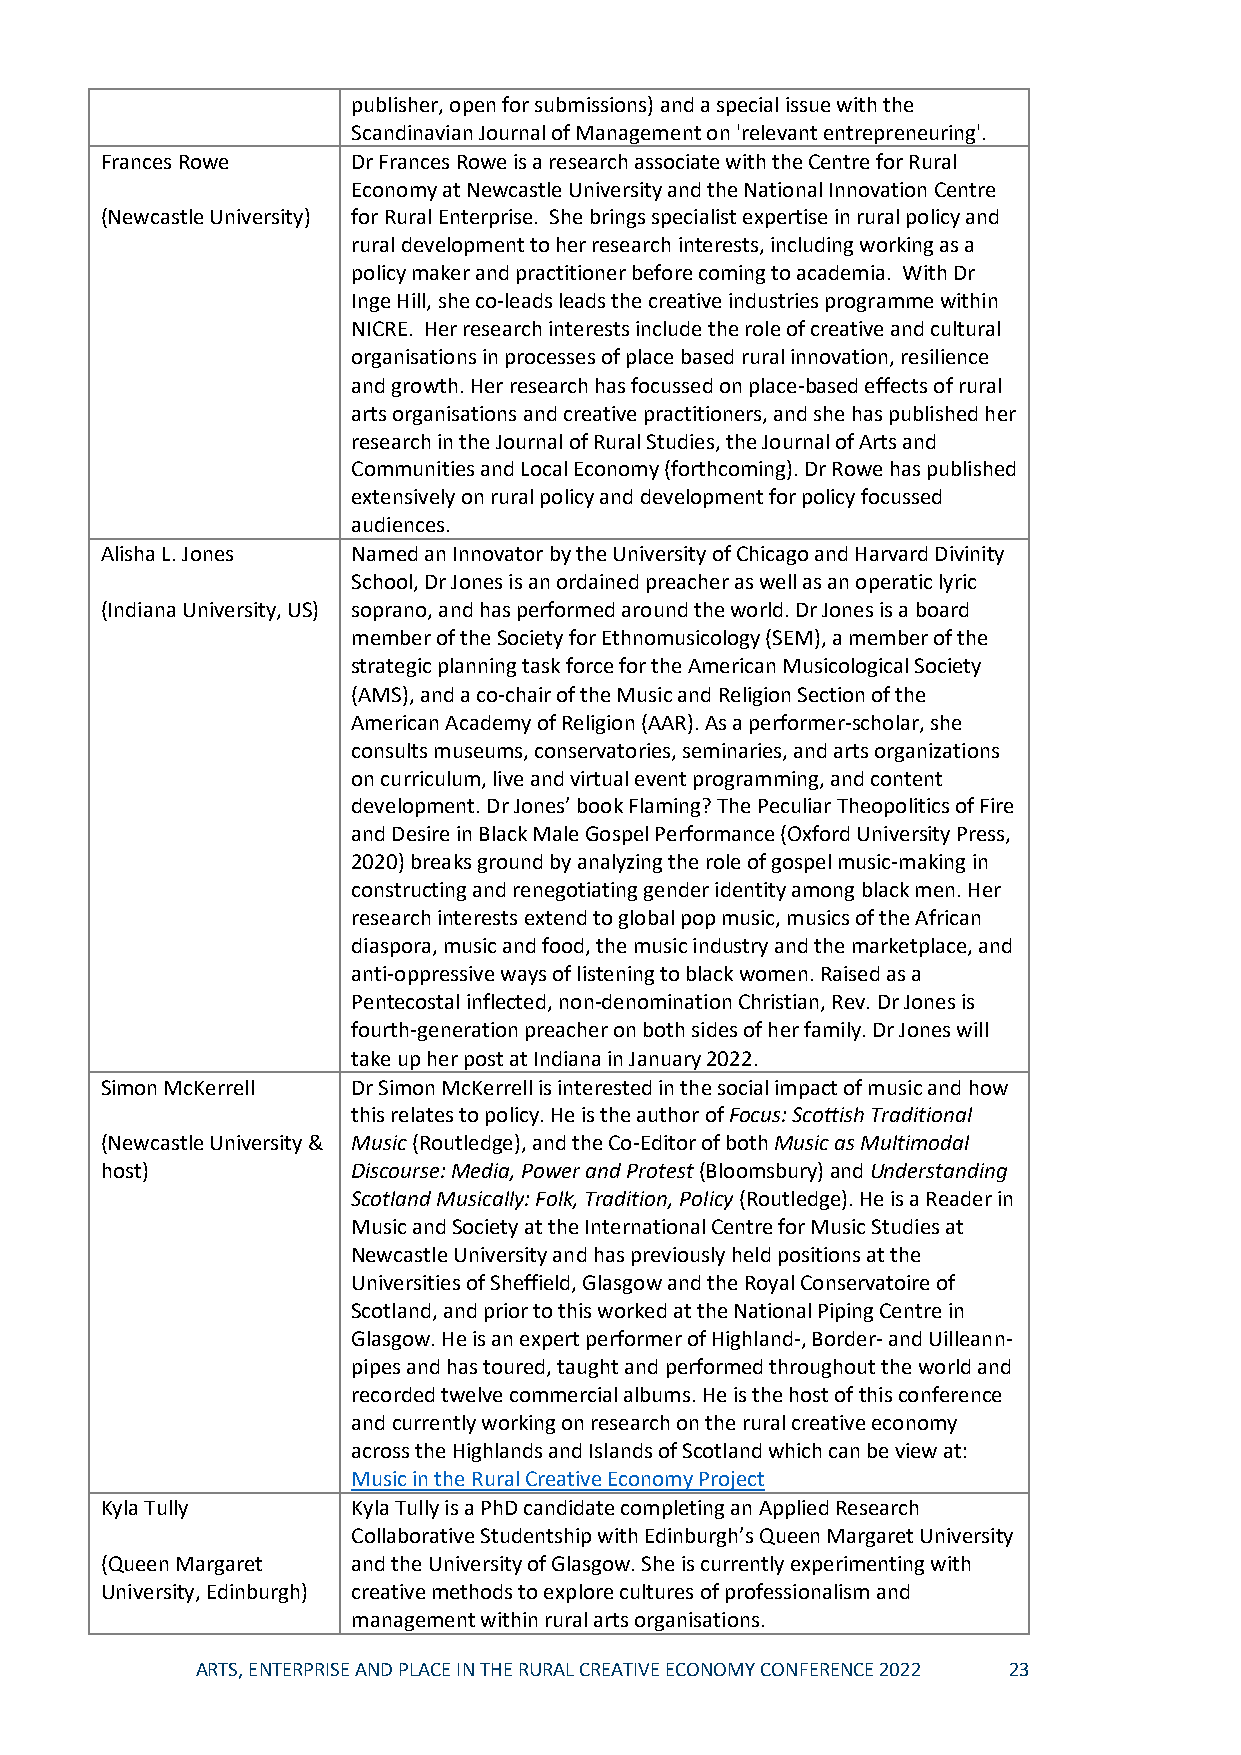
publisher, open for submissions) and a special issue with the
 Scandinavian Journal of Management on 'relevant entrepreneuring'.
 Frances Rowe    Dr Frances Rowe is a research associate with the Centre for Rural
 Economy at Newcastle University and the National Innovation Centre
 (Newcastle University) for Rural Enterprise. She brings specialist expertise in rural policy and
 rural development to her research interests, including working as a
 policy maker and practitioner before coming to academia. With Dr
 Inge Hill, she co-leads leads the creative industries programme within
 NICRE. Her research interests include the role of creative and cultural
 organisations in processes of place based rural innovation, resilience
 and growth. Her research has focussed on place-based effects of rural
 arts organisations and creative practitioners, and she has published her
 research in the Journal of Rural Studies, the Journal of Arts and
 Communities and Local Economy (forthcoming). Dr Rowe has published
 extensively on rural policy and development for policy focussed
 audiences.
 Alisha L. Jones Named an Innovator by the University of Chicago and Harvard Divinity
 School, Dr Jones is an ordained preacher as well as an operatic lyric
 (Indiana University, US) soprano, and has performed around the world. Dr Jones is a board
 member of the Society for Ethnomusicology (SEM), a member of the
 strategic planning task force for the American Musicological Society
 (AMS), and a co-chair of the Music and Religion Section of the
 American Academy of Religion (AAR). As a performer-scholar, she
 consults museums, conservatories, seminaries, and arts organizations
 on curriculum, live and virtual event programming, and content
 development. Dr Jones’ book Flaming? The Peculiar Theopolitics of Fire
 and Desire in Black Male Gospel Performance (Oxford University Press,
 2020) breaks ground by analyzing the role of gospel music-making in
 constructing and renegotiating gender identity among black men. Her
 research interests extend to global pop music, musics of the African
 diaspora, music and food, the music industry and the marketplace, and
 anti-oppressive ways of listening to black women. Raised as a
 Pentecostal inflected, non-denomination Christian, Rev. Dr Jones is
 fourth-generation preacher on both sides of her family. Dr Jones will
 take up her post at Indiana in January 2022.
 Simon McKerrell Dr Simon McKerrell is interested in the social impact of music and how
 this relates to policy. He is the author of Focus: Scottish Traditional
 (Newcastle University & Music (Routledge), and the Co-Editor of both Music as Multimodal
 host)           Discourse: Media, Power and Protest (Bloomsbury) and Understanding
 Scotland Musically: Folk, Tradition, Policy (Routledge). He is a Reader in
 Music and Society at the International Centre for Music Studies at
 Newcastle University and has previously held positions at the
 Universities of Sheffield, Glasgow and the Royal Conservatoire of
 Scotland, and prior to this worked at the National Piping Centre in
 Glasgow. He is an expert performer of Highland-, Border- and Uilleann-
 pipes and has toured, taught and performed throughout the world and
 recorded twelve commercial albums. He is the host of this conference
 and currently working on research on the rural creative economy
 across the Highlands and Islands of Scotland which can be view at:
 Music in the Rural Creative Economy Project
 Kyla Tully      Kyla Tully is a PhD candidate completing an Applied Research
 Collaborative Studentship with Edinburgh’s Queen Margaret University
 (Queen Margaret and the University of Glasgow. She is currently experimenting with
 University, Edinburgh) creative methods to explore cultures of professionalism and
 management within rural arts organisations.
 ARTS, ENTERPRISE AND PLACE IN THE RURAL CREATIVE ECONOMY CONFERENCE 2022 23